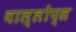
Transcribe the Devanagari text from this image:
वाल्लोप्स